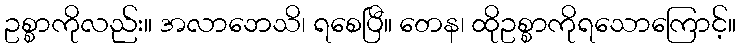
ဥစ္စာကိုလည်း။ အလာဘေသိ၊ ရစေပြီ။ တေန၊ ထိုဥစ္စာကိုရသောကြောင့်။